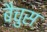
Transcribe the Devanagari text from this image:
बैचुस